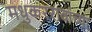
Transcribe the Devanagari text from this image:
मधुकररावांच्या